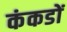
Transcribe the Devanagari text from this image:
कंकडों